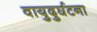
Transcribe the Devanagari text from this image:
वायुदुर्घटना